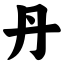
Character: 丹